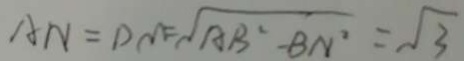
A N = D M = \sqrt { A B ^ { 2 } - B N ^ { 2 } } = \sqrt { A B ^ { 2 } - B N ^ { 2 } } = \sqrt { 3 }